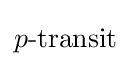
p{\text{-transit}}